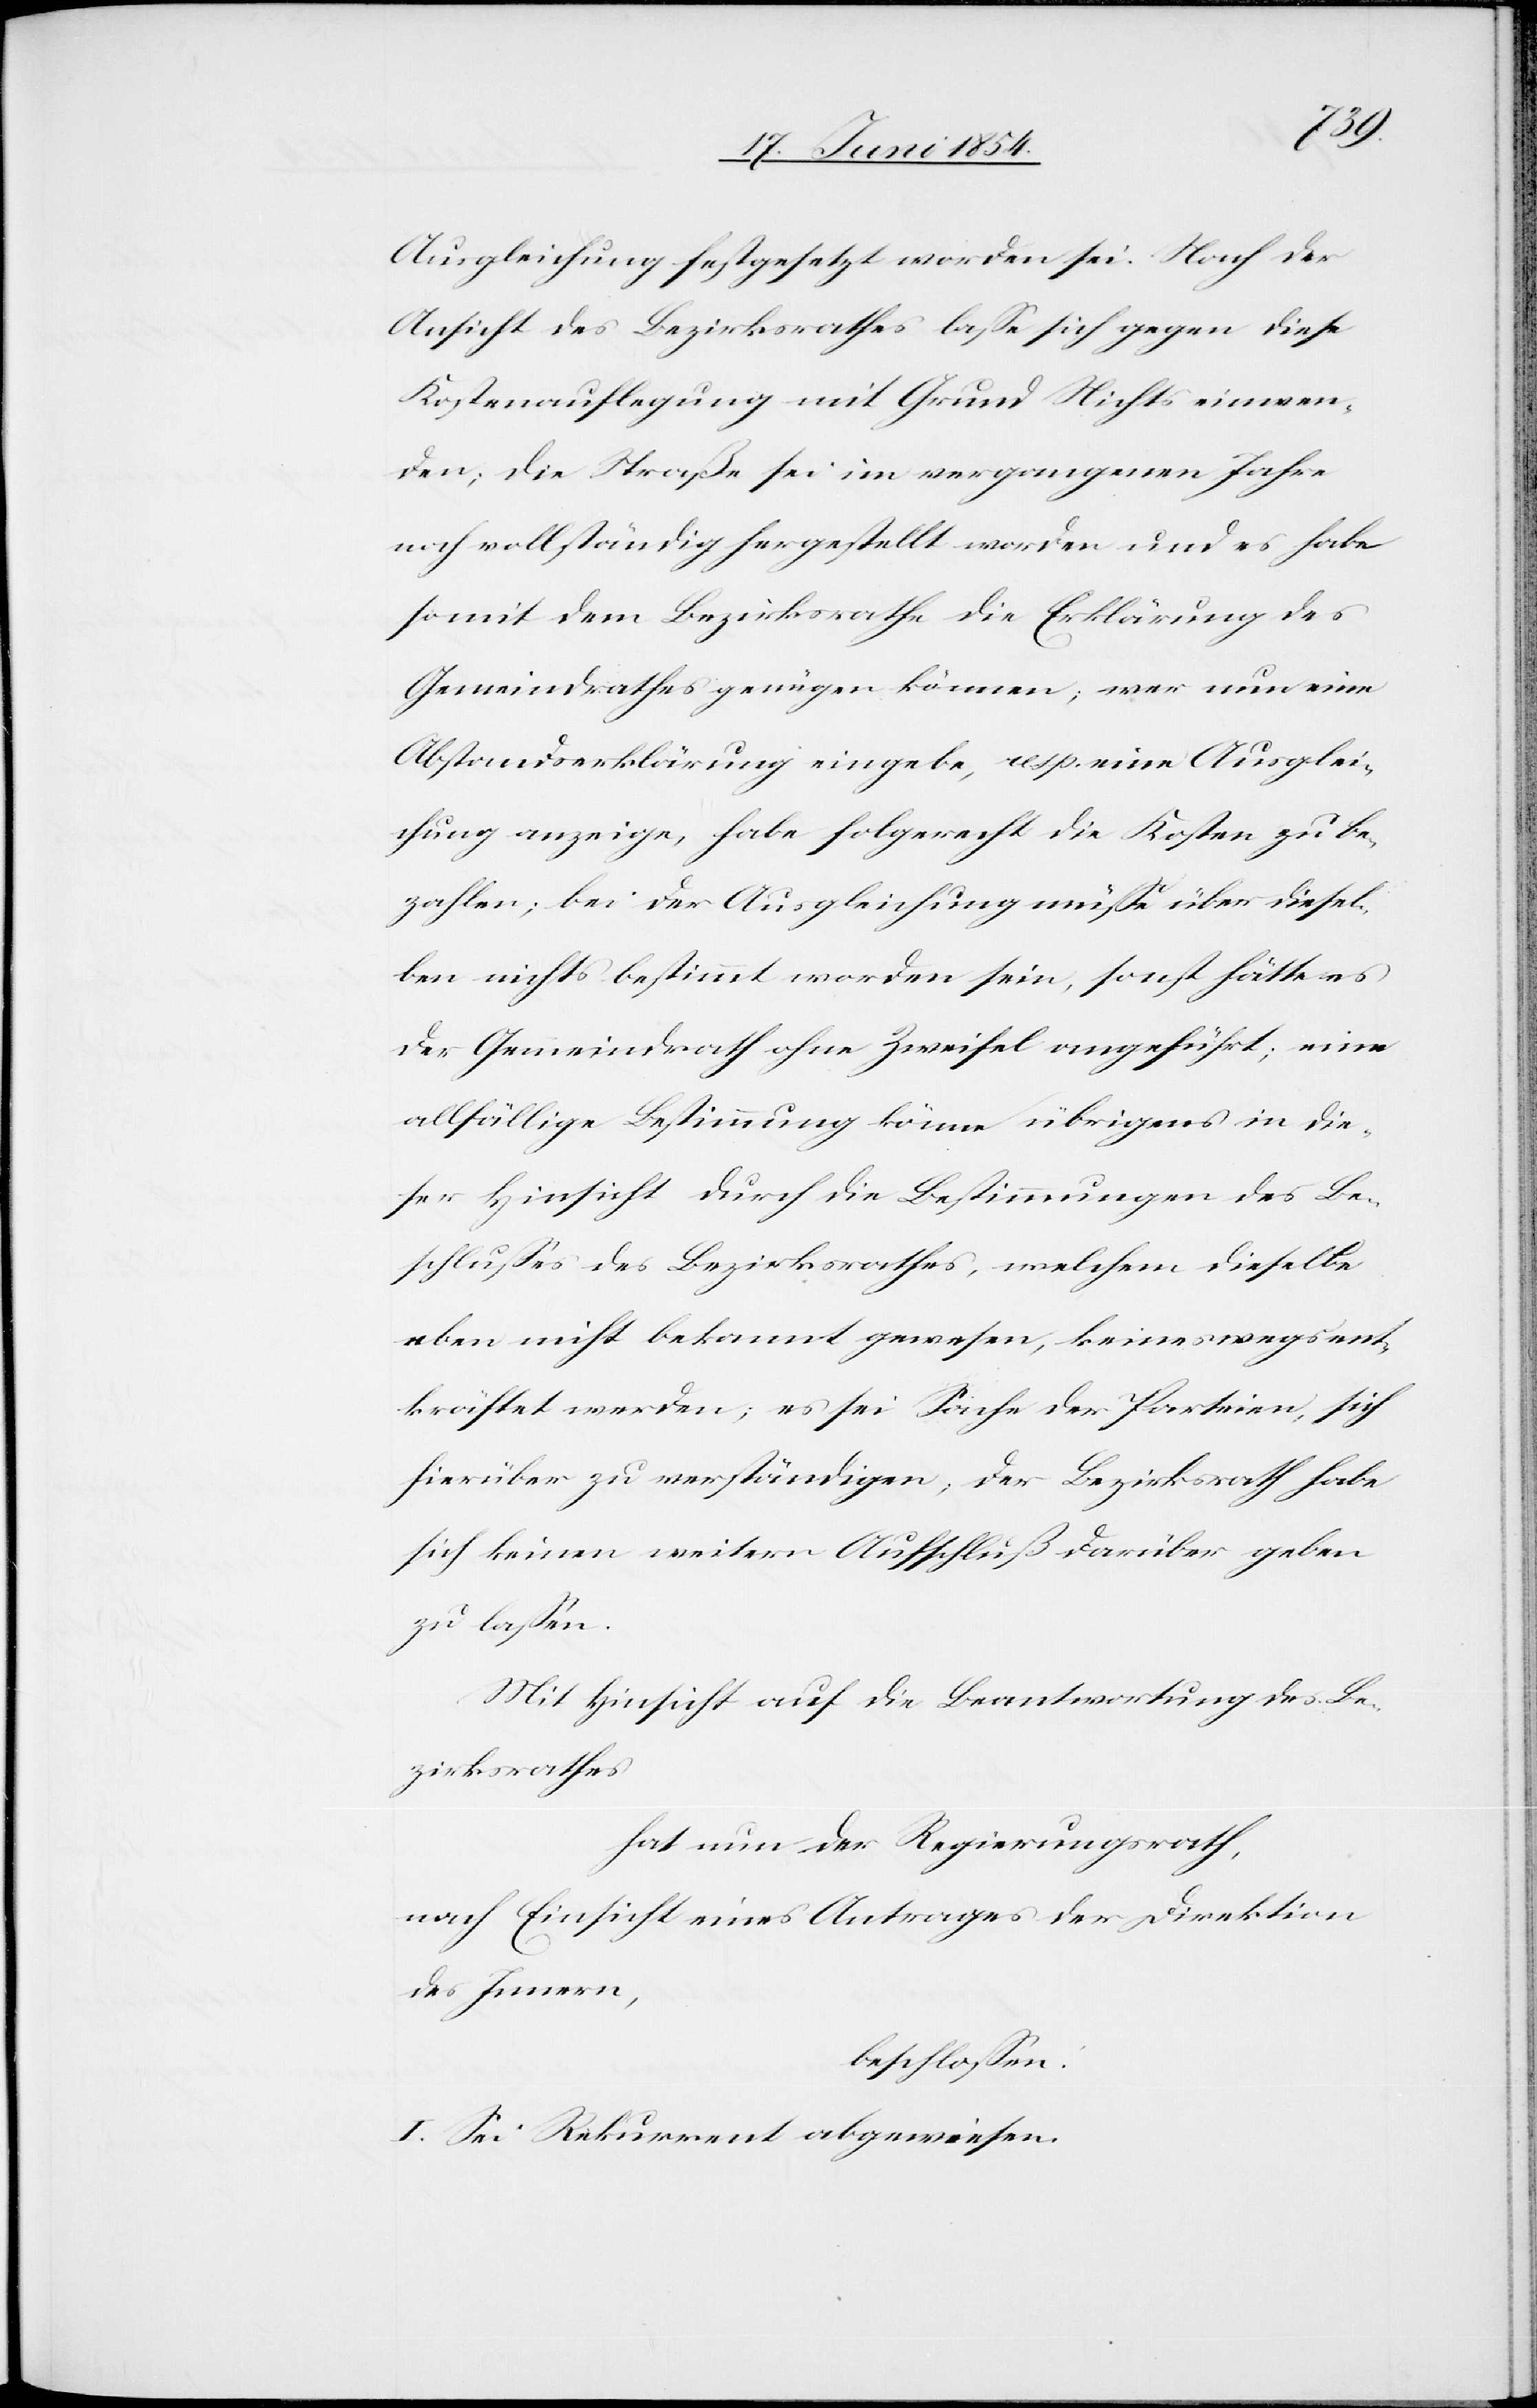
Ausgleichung festgesetzt worden sei. Nach der
Ansicht des Bezirksrathes laße sich gegen diese
Kostenauflegung mit Grund Nichts einwen¬
den; die Straße sei im vergangenen Jahre
noch vollständig hergestellt worden und es habe
somit dem Bezirksrathe die Erklärung des
Gemeindrathes genügen können; wer nun eine
Abstandserklärung eingebe, resp. eine Ausglei¬
chung anzeige, habe folgerecht die Kosten zu be¬
zahlen; bei der Ausgleichung müße über diesel¬
ben nichts bestimmt worden sein, sonst hätte es
der Gemeindrath ohne Zweifel angeführt; eine
allfällige Bestimmung könne übrigens in die¬
ser Hinsicht durch die Bestimmungen des Be¬
schlußes des Bezirksrathes, welchem dieselbe
eben nicht bekannt gewesen, keineswegs ent¬
kräftet werden; es sei Sache der Parteien, sich
hierüber zu verständigen; der Bezirksrath habe
sich keinen weiter Aufschluß darüber geben
zu laßen.
Mit Hinsicht auf die Beantwortung des Be¬
zirksrathes
hat nun der Regierungsrath
nach Einsicht eines Antrages der Direktion
des Innern,
beschloßen:
I. Sei Rekurrent abgewiesen.